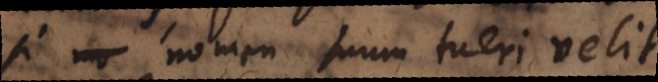
si nomen suum tueri velit.